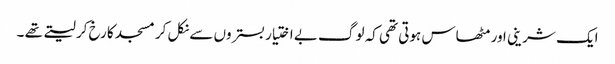
ایک شرینی اور مٹھاس ہوتی تھی کہ لوگ بے اختیار بستروں سے نکل کر مسجد کا رخ کر لیتے تھے ۔